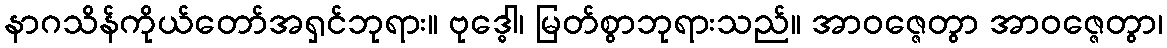
နာဂသိန်ကိုယ်တော်အရှင်ဘုရား။ ဗုဒ္ဓေါ၊ မြတ်စွာဘုရားသည်။ အာဝဇ္ဇေတွာ အာဝဇ္ဇေတွာ၊